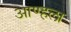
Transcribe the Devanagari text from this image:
आण्हला